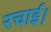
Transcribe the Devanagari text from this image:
रचाई।